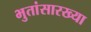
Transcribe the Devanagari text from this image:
भुतांसारख्या